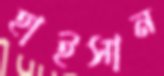
হাইসান